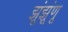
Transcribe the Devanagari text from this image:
झूंझूंणू